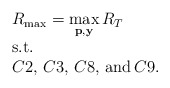
\begin{align*}\begin{array}{l}R_{\max}=\mathop {\max }\limits_{{\bf p},{\bf y}} {R_T}\\{\rm{s}}{\rm{.t}}{\rm{.}}\\C2,\,C3,\,C8,\,{\rm and}\,C9.\end{array}\end{align*}